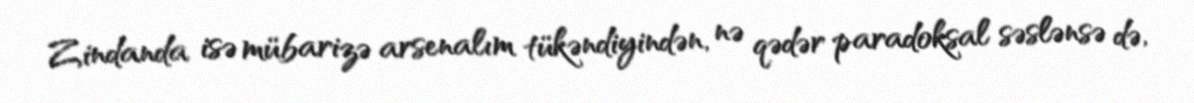
Zindanda isə mübarizə arsenalım tükəndiyindən, nə qədər paradoksal səslənsə də,